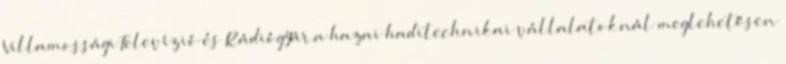
Villamossági Televízió és Rádiógyár a hazai haditechnikai vállalatoknál meglehetősen